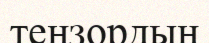
тензордың